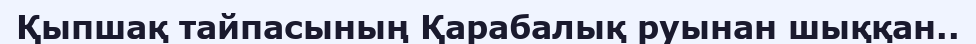
Қыпшақ тайпасының Қарабалық руынан шыққан..